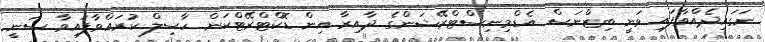
ނަގައިދެއްވާފައި ވަނީ ބިޒްނަސް އެޑްމިނިސްޓްރޭޝަންގެ ދާއިރާ އިން ޑޮކްޓްރޭޓްކަން ހާސިލް ކުރައްވާފައިވާ ސަނީ